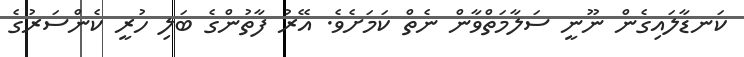
ކަނޑާލައިގެން ނޫނީ ސަލާމަތްވާން ނެތް ކަމަަށެވެ. އޭރު ފާތުންގެ ބަލި ހުރީ ކެންސަރުގެ